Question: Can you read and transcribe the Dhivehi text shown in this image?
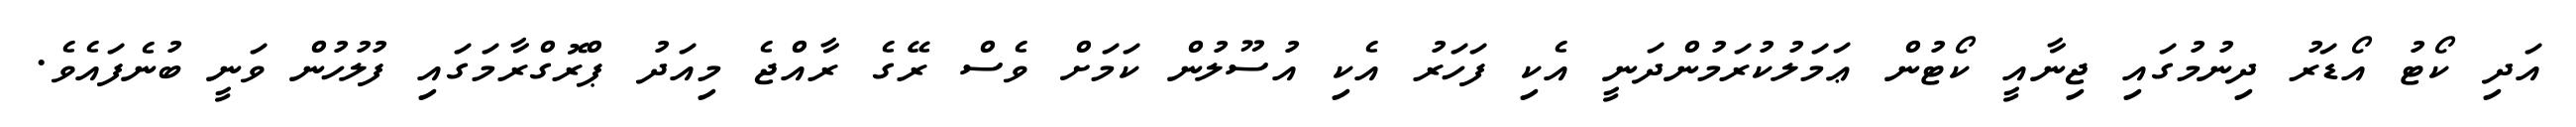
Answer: އަދި ކޯޓު އޯޑަރު ދިނުމުގައި ޖިނާއީ ކޯޓުން ޢަމަލުކުރަމުންދަނީ އެކި ފަހަރު އެކި އުސޫލުން ކަމަށް ވެސް ރޭގެ ރާއްޖެ މިއަދު ޕްރޮގްރާމަގައި ފުލުހުން ވަނީ ބުނެފައެވެ.